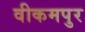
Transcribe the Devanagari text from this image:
वीकमपुर